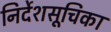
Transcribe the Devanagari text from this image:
निर्देशसूचिका